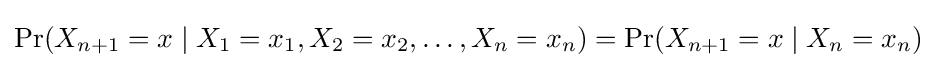
\Pr(X_{n+1}=x\mid X_{1}=x_{1},X_{2}=x_{2},\ldots ,X_{n}=x_{n})=\Pr(X_{n+1}=x\mid X_{n}=x_{n})